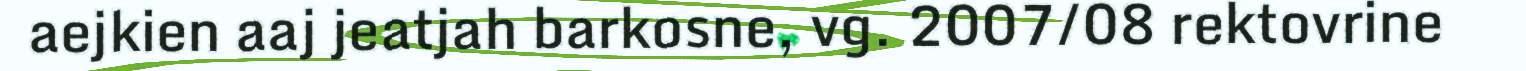
aejkien aaj jeatjah barkosne, vg. 2007/08 rektovrine